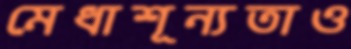
মেধাশূন্যতাও